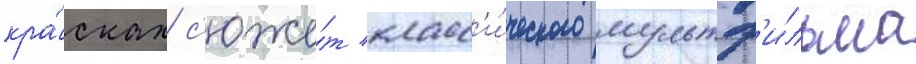
кра́сках с'юже́т класс'и́ческого мультф'и́льма